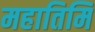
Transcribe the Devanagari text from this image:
महातिमि